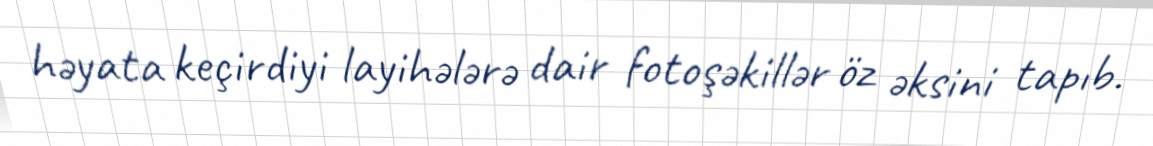
həyata keçirdiyi layihələrə dair fotoşəkillər öz əksini tapıb.